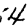
Digit: 4